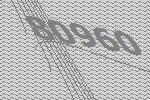
80960